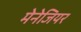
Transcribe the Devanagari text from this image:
मेनेजियर